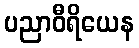
ပညာဝီရိယေန